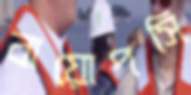
বায়োপসি